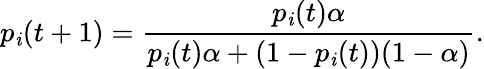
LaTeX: p_{\mathit{i}}(t+1)=\frac{{p_{\mathit{i}}(t)\alpha}}{{p_{\mathit{i}}(t)\alpha+(1-p_{\mathit{i}}(t))(1-\alpha)}}.